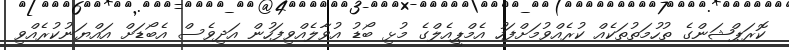
ކޮރަޕްޝަންގެ ތުހުމަތުތަކެއް ކުރެއްވުމަށްފަހު އެމްޕީއެލްގެ މުޅި ބޯޑު އުވާލެއްވިފަހުން އަދިވެސް އެބޯޑަށް އައްޔަނުކުރެއްވި